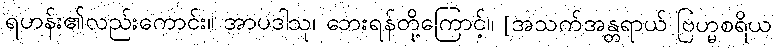
ရဟန်း၏လည်းကောင်း။ အာပဒါသု၊ ဘေးရန်တို့ကြောင့်။ [အသက်အန္တရာယ် ဗြဟ္မစရိယ